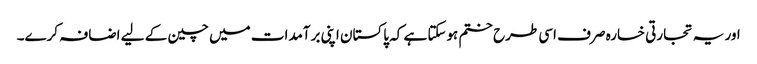
اور یہ تجارتی خسارہ صرف اسی طرح ختم ہوسکتا ہے کہ پاکستان اپنی برآمدات میں چین کے لیے اضافہ کرے۔